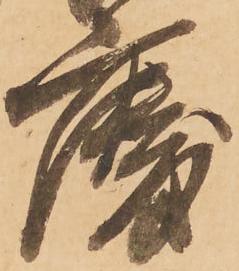
慶